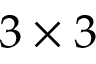
3 \times 3